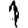
Digit: 1